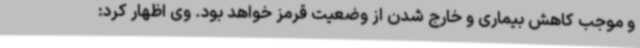
و موجب کاهش بیماری و خارج شدن از وضعیت قرمز خواهد بود. وی اظهار کرد: